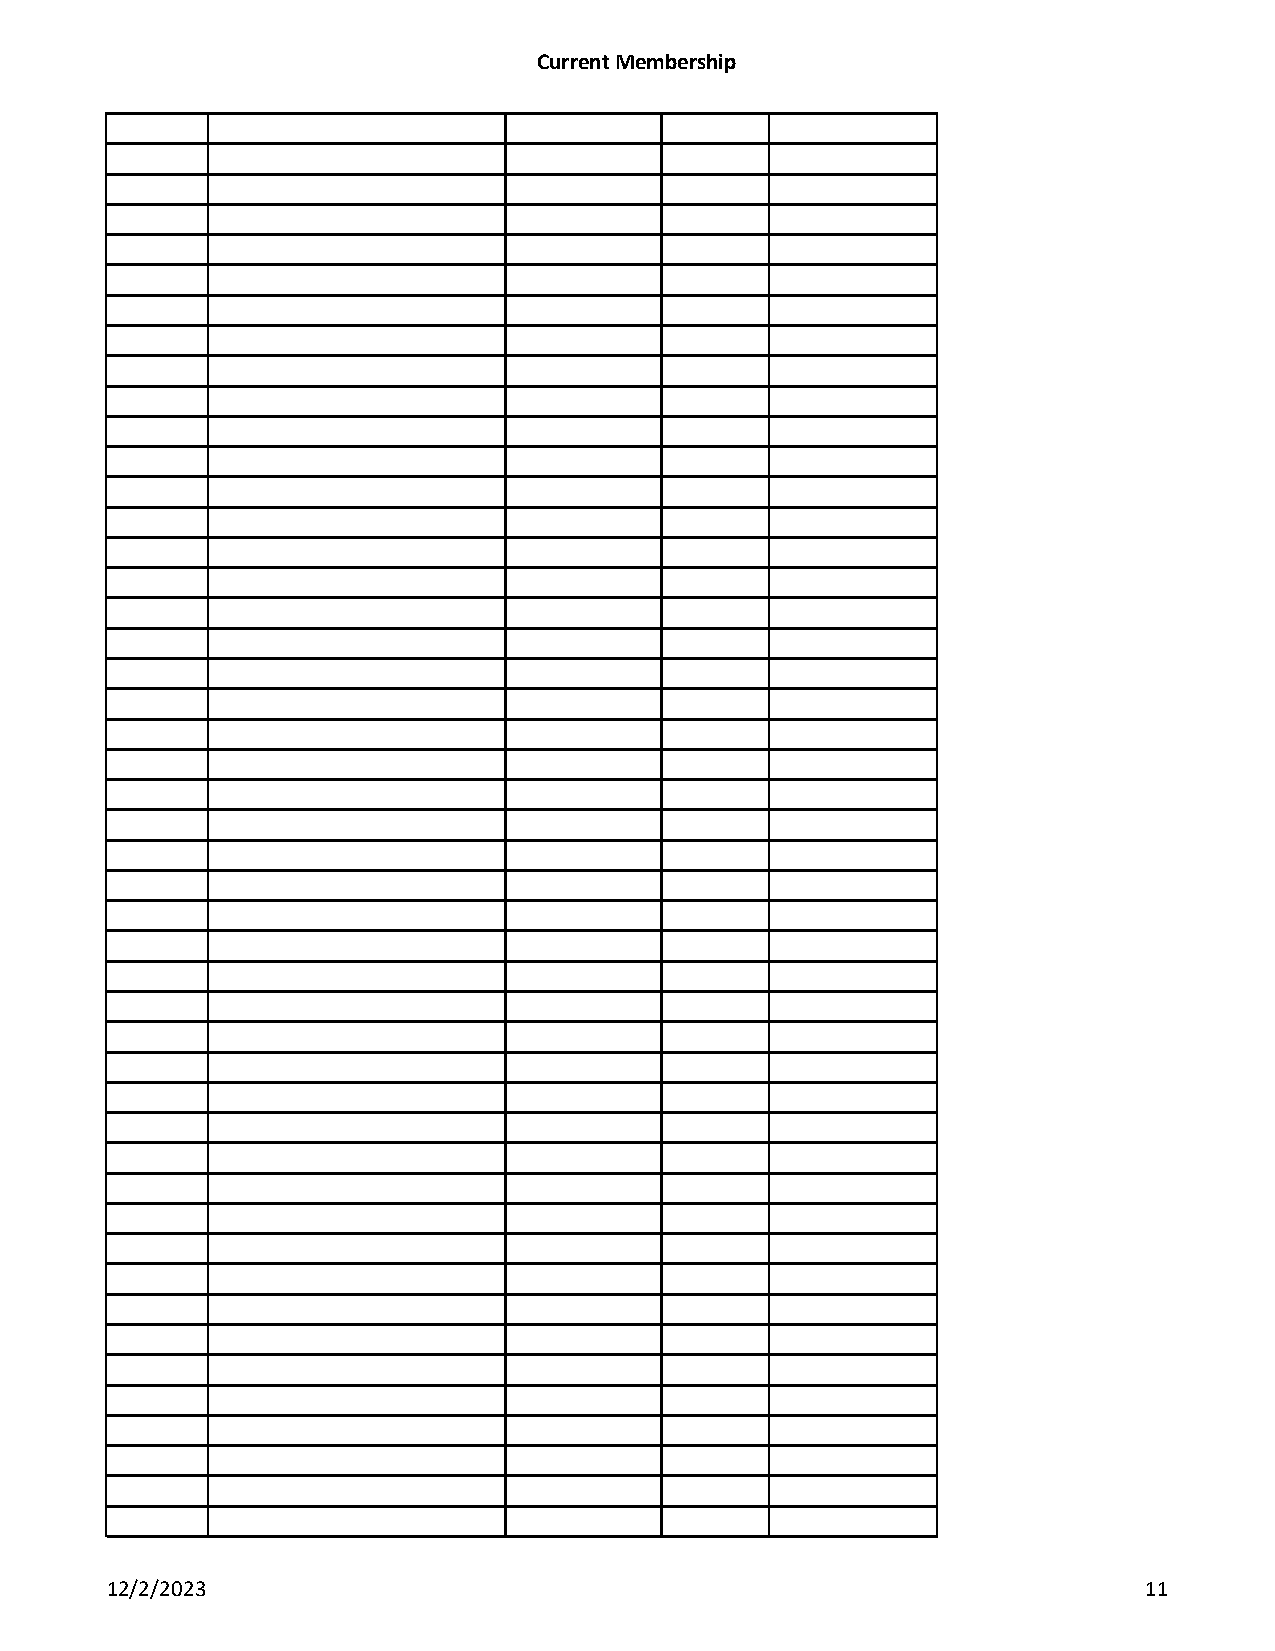
Current Membership
 12/2/2023                                                            11